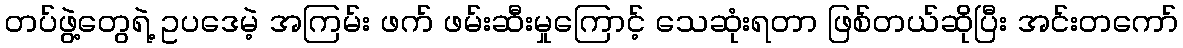
တပ်ဖွဲ့တွေရဲ့ ဥပဒေမဲ့ အကြမ်း ဖက် ဖမ်းဆီးမှုကြောင့် သေဆုံးရတာ ဖြစ်တယ်ဆိုပြီး အင်းတကော်